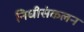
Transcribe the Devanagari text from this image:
निधीसंकलन